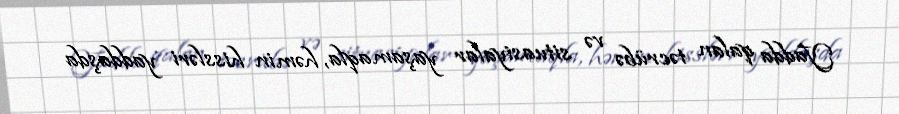
Yadda qalan təcrübə və situasiyalar yaşamaqla, həmin hissləri yaddaşda